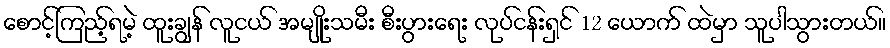
စောင့်ကြည့်ရမဲ့ ထူးချွန် လူငယ် အမျိုးသမီး စီးပွားရေး လုပ်ငန်းရှင် 12 ယောက် ထဲမှာ သူပါသွားတယ်။